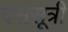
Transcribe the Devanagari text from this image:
दससूत्री